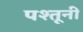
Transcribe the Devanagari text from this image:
पश्तूनी